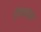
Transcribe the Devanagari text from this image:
ऐकवताना